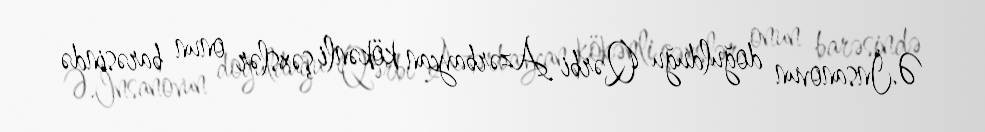
Ə.İnsanovun doğulduğu Qərbi Azərbaycan kökənli şəxslər onun barəsində